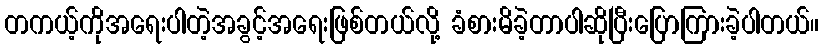
တကယ့်ကိုအရေးပါတဲ့အခွင့်အရေးဖြစ်တယ်လို့ ခံစားမိခဲ့တာပါဆိုပြီးပြောကြားခဲ့ပါတယ်။